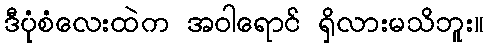
ဒီပုံစံလေးထဲက အဝါရောင် ရှိလားမသိဘူး။